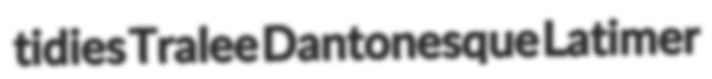
tidies Tralee Dantonesque Latimer